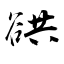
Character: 谼